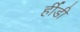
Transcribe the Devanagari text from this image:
र्हीडी